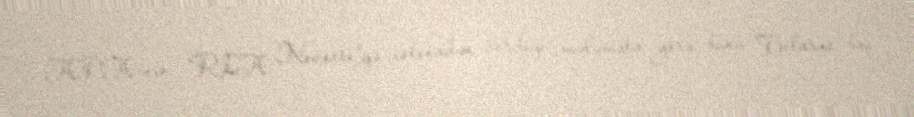
APA-nın “RİA Novosti”yə istinadən verdiyi məlumata görə, bunu Belarus baş